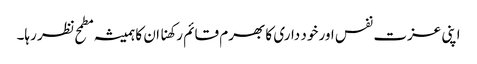
اپنی عزت نفس اور خود داری کا بھرم قائم رکھنا ان کا ہمیشہ مطمح نظر رہا۔